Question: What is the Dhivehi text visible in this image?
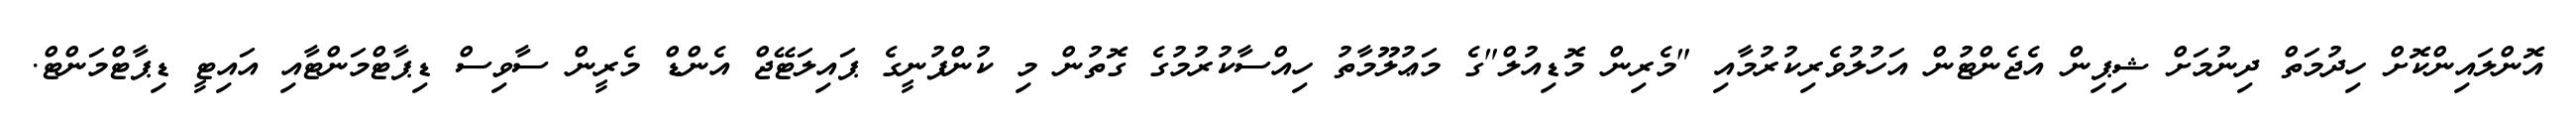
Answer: އޮންލައިންކޮށް ހިދުމަތް ދިނުމަށް ޝިޕިން އެޖެންޓުން އަހުލުވެރިކުރުމާއި "މެރިން މޮޑިއުލް"ގެ މަޢުލޫމާތު ހިއްސާކުރުމުގެ ގޮތުން މި ކުންފުނީގެ ޕައިލަޓޭޖް އެންޑް މެރީން ސާވިސް ޑިޕާޓްމަންޓާއި އައިޓީ ޑިޕާޓްމަންޓް.